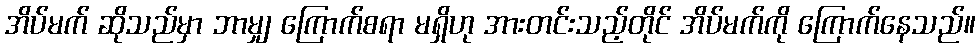
အိပ်မက် ဆိုသည်မှာ ဘာမျှ ကြောက်စရာ မရှိဟု အားတင်းသည့်တိုင် အိပ်မက်ကို ကြောက်နေသည်။